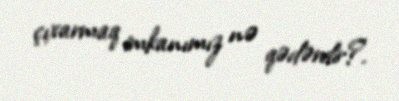
çıxarmaq imkanımız nə qədərdir?.